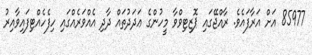
85977 އަށް އަރާފައެވެ. ރާއްޖޭގައި ޕޮޒިޓިވްވާ މީހުންގެ ޢަދަދުތައް ދާދި އެއްވަރެއްގައި ހިފެހެއްޓިފައިވާއިރު